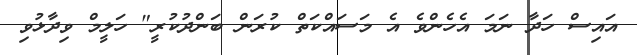
އައިސް ހަދާ ނަމަ އެހެންވެ އެ މަސައްކަތް ކުރަން ބަންދުކުރީ" ހަލީމް ވިދާޅުވި